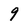
Character: 9